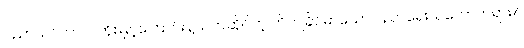
ပညာသင်ကာလတိုးမြှင့်ကြောင်းနဲ့သက်ဆိုင်တဲ့ တိကျခိုင်မာသော ပညာရေးသဘောတရား/